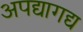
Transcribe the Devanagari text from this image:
अपद्यागद्य